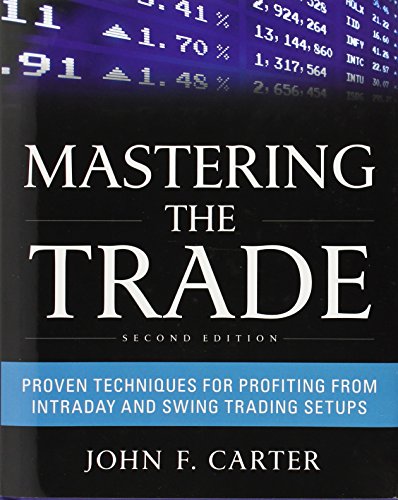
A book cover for Mastering the Trade, Second Edition: Proven Techniques for Profiting from Intraday and Swing Trading Setups; John F. Carter; Business & Money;